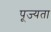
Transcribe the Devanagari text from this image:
पूज्यता